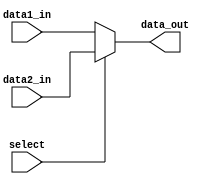
`timescale 1ns / 1ps
//////////////////////////////////////////////////////////////////////////////////
// Company: 
// Engineer: 
// 
// Design Name: 
// Module Name:    MUX_32bit 
// Project Name: 
// Target Devices: 
// Tool versions: 
// Description: 
//
// Dependencies: 
//
// Revision: 
// Revision 0.01 - File Created
// Additional Comments: 
//
//////////////////////////////////////////////////////////////////////////////////
module MUX_32bit(
   data1_in,
    data2_in,
    select,
    data_out
);

input [31:0] data1_in, data2_in;
input select;
output [31:0] data_out;

assign data_out = (select) ? data2_in : data1_in;


endmodule